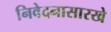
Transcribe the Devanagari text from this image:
निवेदनासारखे